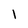
Character: l